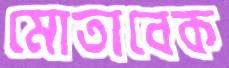
মোতাবেক